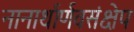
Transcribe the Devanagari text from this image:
नानार्थार्णवसंक्षेप